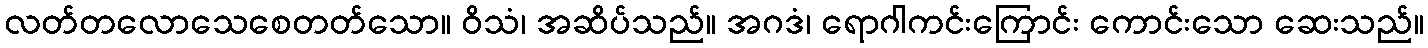
လတ်တလောသေစေတတ်သော။ ဝိသံ၊ အဆိပ်သည်။ အဂဒံ၊ ရောဂါကင်းကြောင်း ကောင်းသော ဆေးသည်။